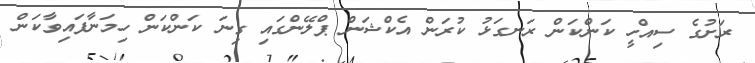
ރަށުގެ ސިއްހީ ކަންކަން ރަނގަޅު ކުރަން އެކްޝަން ޕްލޭންގައި ގިނަ ކަންކަން ހިމަނާފައިވާކަން